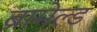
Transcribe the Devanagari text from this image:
ब्रामेल्ड